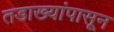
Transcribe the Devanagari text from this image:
तडाख्यांपासून